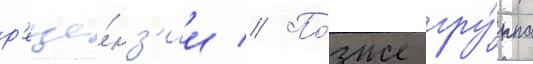
р'еце́нз'ии // По́зже гру́ппа